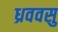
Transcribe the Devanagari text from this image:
ध्रववसु